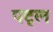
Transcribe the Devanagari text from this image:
पट्ल